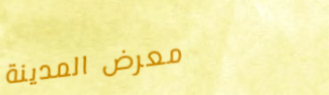
معرض المدينة